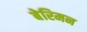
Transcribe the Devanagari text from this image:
बेरिमन